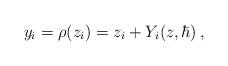
LaTeX: \begin{align*}y_i=\rho (z_i)=z_i+Y_i(z,\hbar)\,,\end{align*}